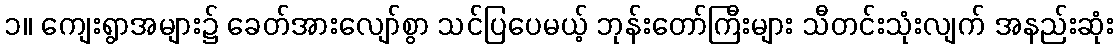
၁။ ကျေးရွာအများ၌ ခေတ်အားလျော်စွာ သင်ပြပေမယ့် ဘုန်းတော်ကြီးများ သီတင်းသုံးလျက် အနည်းဆုံး